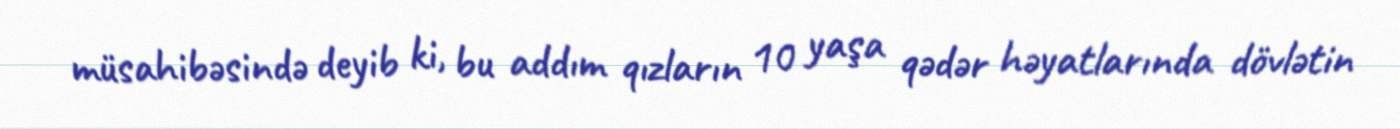
müsahibəsində deyib ki, bu addım qızların 10 yaşa qədər həyatlarında dövlətin